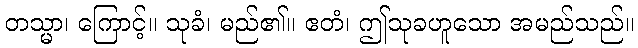
တသ္မာ၊ ကြောင့်။ သုခံ၊ မည်၏။ ဧတံ၊ ဤသုခဟူသော အမည်သည်။